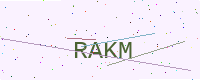
Text: RAKM